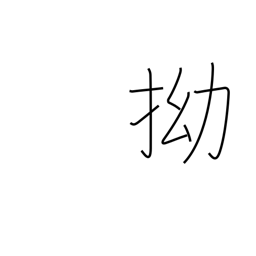
Meaning: crooked